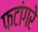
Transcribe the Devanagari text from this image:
फटांगरे